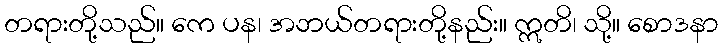
တရားတို့သည်။ ကေ ပန၊ အဘယ်တရားတို့နည်း။ ဣတိ၊ သို့။ စောဒနာ